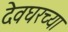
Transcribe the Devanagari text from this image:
देवघरच्या